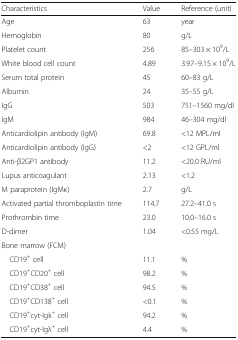
<table><thead><tr><td><b>Characteristics</b></td><td><b>Value</b></td><td><b>Reference (unit)</b></td></tr></thead><tbody><tr><td>Age</td><td>63</td><td>year</td></tr><tr><td>Hemoglobin</td><td>80</td><td>g/L</td></tr><tr><td>Platelet count</td><td>256</td><td>85–303 × 10<sup>9</sup>/L</td></tr><tr><td>White blood cell count</td><td>4.89</td><td>3.97–9.15 × 10<sup>9</sup>/L</td></tr><tr><td>Serum total protein</td><td>45</td><td>60–83 g/L</td></tr><tr><td>Albumin</td><td>24</td><td>35–55 g/L</td></tr><tr><td>IgG</td><td>503</td><td>751–1560 mg/dl</td></tr><tr><td>IgM</td><td>984</td><td>46–304 mg/dl</td></tr><tr><td>Anticardiolipin antibody (IgM)</td><td>69.8</td><td>&lt;12 MPL/ml</td></tr><tr><td>Anticardiolipin antibody (IgG)</td><td>&lt;2</td><td>&lt;12 GPL/ml</td></tr><tr><td>Anti-β2GP1 antibody</td><td>11.2</td><td>&lt;20.0 RU/ml</td></tr><tr><td>Lupus anticoagulant</td><td>2.13</td><td>&lt;1.2</td></tr><tr><td>M paraprotein (IgMκ)</td><td>2.7</td><td>g/L</td></tr><tr><td>Activated partial thromboplastin time</td><td>114.7</td><td>27.2–41.0 s</td></tr><tr><td>Prothrombin time</td><td>23.0</td><td>10.0–16.0 s</td></tr><tr><td>D-dimer</td><td>1.04</td><td>&lt;0.55 mg/L</td></tr><tr><td>Bone marrow (FCM)</td><td>[EMPTY_CELL]</td><td>[EMPTY_CELL]</td></tr><tr><td> CD19<sup>+</sup> cell</td><td>11.1</td><td>%</td></tr><tr><td> CD19<sup>+</sup>CD20<sup>+</sup> cell</td><td>98.2</td><td>%</td></tr><tr><td> CD19<sup>+</sup>CD38<sup>+</sup> cell</td><td>94.5</td><td>%</td></tr><tr><td> CD19<sup>+</sup>CD138<sup>+</sup> cell</td><td>&lt;0.1</td><td>%</td></tr><tr><td> CD19<sup>+</sup>cyt-Igk<sup>+</sup> cell</td><td>94.2</td><td>%</td></tr><tr><td> CD19<sup>+</sup>cyt-Igλ<sup>+</sup> cell</td><td>4.4</td><td>%</td></tr></tbody></table>